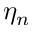
\eta _ { n }